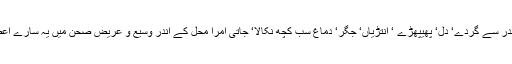
بیورو کریسی کے اندر سے گردے‘ دل‘ پھیپھڑے ‘ انتڑیاں‘ جگر‘ دماغ سب کچھ نکالا‘ جاتی امرا محل کے اندر وسیع و عریض صحن میں یہ سارے اعضا تار پر لٹکا دیے۔